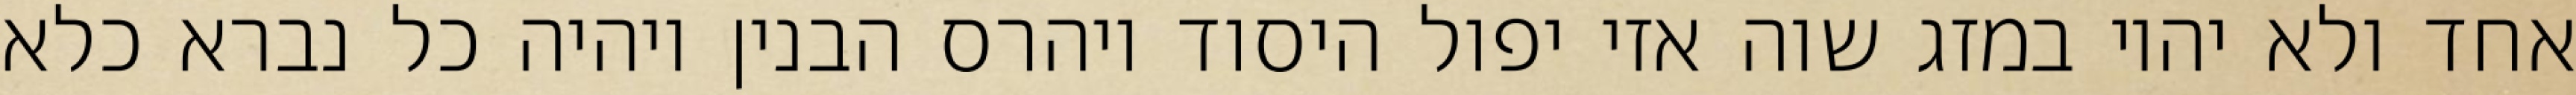
אחד ולא יהיו במזג שוה אזי יפול היסוד ויהרס הבנין ויהיה כל נברא כלא